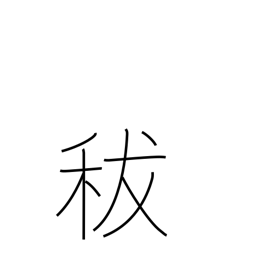
Meaning: damaged grain